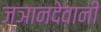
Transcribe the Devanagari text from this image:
ज्ञानदेवानी